Vaccination in Burma 1889-1999 - 1889-1999
Year: 1889
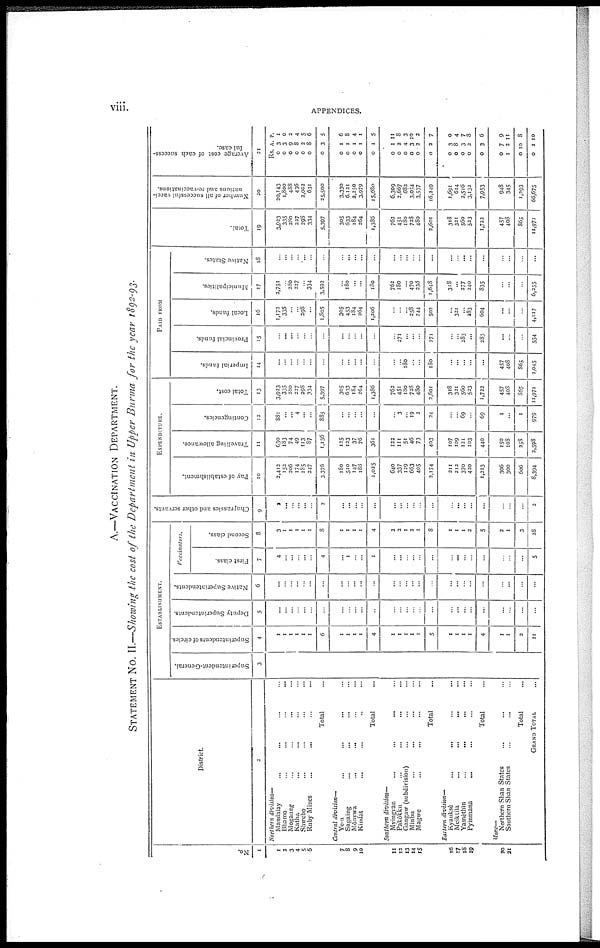
viii.
APPENDICES.
A.—VACCINATION DEPARTMENT.
STATEMENT No. II.—Showing the cost of the Department in Upper Burma for the year 1892-93.
No.
1
1
3
3
4
5
6
7
8
9
10
11
12
13
14
15
16
17
18
19
20
21
District.
2
Northern division—
Mandalay... ... ... ...
Bhamo...
...
...
...
Mogaung... ... ... ...
Katha... ... ... ...
Shwebo... ... ... ...
Ruby Mincs... ... ... ...
Total...
Central division—
Yeu... ... ... ...
Sagaing... ... ... ... ...
Monywa...
...
...
...
Kindat... ... ... ...
Total... ...
Southern division—
Myingyan...
...
...
Pakokku... ... ... ...
Gangaw (subdivision)... ... ...
Minbu... ... ... ...
Magwe... ... ... ...
Total... ...
Eastern division—
Kyaukse...
...
...
...
Meiktila... ... ... ...
Yamethin...
...
...
...
Pyinmana... ... ... ...
Total... ...
Mone—
Northern Shan States... ...
Southern Shan States... ...
Total...
GRAND TOTAL...
ESTABLISHMENT.
Superintendent-General.
3
...
...
...
...
...
...
...
...
...
...
...
...
...
...
...
...
...
...
...
...
...
...
...
...
...
...
...
Superintendents of circles.
4
...
...
...
...
...
...
6
1
1
1
1
4
...
...
...
...
...
5
1
1
1
1
4
1
1
2
21
Deputy Superintendents.
5
...
...
...
...
...
...
...
...
...
...
...
...
...
...
...
...
...
...
...
...
...
...
...
...
...
...
...
Native Superintendents.
6
...
...
...
...
...
...
...
...
...
...
...
...
...
...
...
...
...
...
...
...
...
...
...
...
...
...
...
Vaccinators.
First class.
7
4
...
...
...
...
...
4
...
1
...
...
1
...
...
...
...
...
...
...
...
...
...
...
...
...
...
5
Second class.
8
3
...
...
...
...
...
8
1
1
1
1
4
2
2
1
2
1
8
1
1
1
2
5
2
1
3
28
Chuprassics and other servants.
9
2
...
...
...
...
...
2
...
...
...
...
...
...
...
...
...
...
...
...
...
...
...
...
...
...
...
2
EXPENDITURE.
Pay of establishment.
10
2,412
152
206
174
185
247
3,376
180
510
147
188
1,025
640
337
129
663
405
2,174
211
212
370
420
1,213
306
300
606
8,394
Travelling allowance.
11
630
183
74
49
113
87
1,136
125
123
37
76
361
122
111
51
46
73
403
107
109
121
103
440
150
108
258
2,598
Contingencies.
12
881
...
...
4
...
...
885
...
...
...
...
...
...
3
...
19
2
24
...
...
69
...
69
1
...
1
979
Total cost.
13
3,923
335
280
227
298
334
5,397
305
633
184
264
1,386
762
451
180
728
480
2,601
318
321
560
523
1,722
457
408
865
11,971
PAID FROM
Imperial funds.
14
...
...
...
...
...
...
...
...
...
...
...
...
...
...
180
...
...
180
...
...
...
...
...
457
408
865
1,045
Provincial funds.
15
...
...
...
...
...
...
...
...
...
...
...
...
...
271
...
...
...
271
...
...
283
...
283
...
...
...
554
Local funds.
16
1,172
335
...
...
298
...
1,805
305
453
184
264
1,206
...
...
...
258
344
502
...
321
...
283
604
...
...
...
4,117
Municipalities.
17
2,751
...
280
227
...
334
3,592
...
180
...
...
180
762
180
...
470
335
1,648
318
...
277
240
835
...
...
...
6,255
Native States.
18
...
...
...
...
...
...
...
...
...
...
...
...
...
...
...
...
...
...
...
...
...
...
...
...
...
...
...
Total.
19
3,833
335
280
227
298
334
5,397
305
633
184
264
1,386
763
451
180
728
480
2,601
318
321
560
523
1,722
457
408
865
11,971
Number of all successful vacci-
nations and re-vaccinations.
20
20,143
1,800
488
436
2,002
631
25,500
3,330
6,121
2,250
3,979
15,680
6,309
2,667
682
3,034
3,537
16,249
1,691
614
2,516
3,132
7,953
948
345
1,293
66,675
Average cost of each success-
ful case
.
21
Rs.
0
0
0
0
0
0
0
0
0
0
0
0
0
0
0
0
0
0
0
0
0
0
0
0
1
0
0
A.
3
3
9
8
2
8
3
1
1
1
1
1
1
2
4
3
2
2
3
8
3
2
3
7
3
10
2
P.
1
0
2
4
5
6
5
6
8
4
1
5
11
8
3
10
2
7
0
4
7
8
6
9
11
8
10